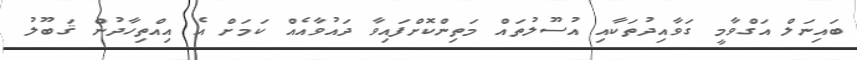
ބައިނަލް އަގްވާމީ ގަވާއިދުތަކާއި އުސޫލުތައް މަތިންކޮށްފައިވާ ދައުވާއެއް ކަމަށް އެ އިއްތިހާދުން ޤަބޫލު